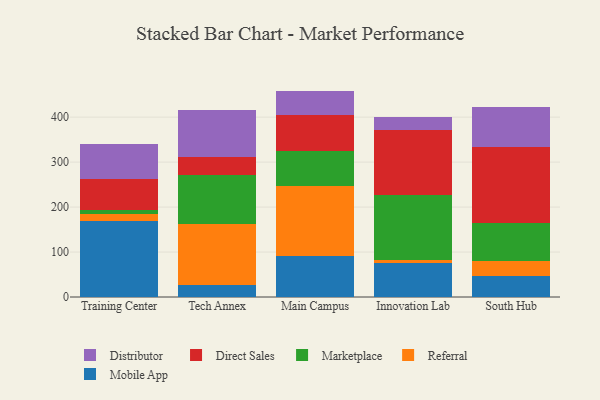
{"axis": {"x": "Campus", "y": "LTV (USD)"}, "legend": ["Direct Sales", "Distributor", "Marketplace", "Mobile App", "Referral"], "data": [{"x": "Training Center", "y": 169.0, "type": "Mobile App"}, {"x": "Training Center", "y": 15.3, "type": "Referral"}, {"x": "Training Center", "y": 9.3, "type": "Marketplace"}, {"x": "Training Center", "y": 68.7, "type": "Direct Sales"}, {"x": "Training Center", "y": 78.5, "type": "Distributor"}, {"x": "Tech Annex", "y": 26.8, "type": "Mobile App"}, {"x": "Tech Annex", "y": 135.4, "type": "Referral"}, {"x": "Tech Annex", "y": 109.0, "type": "Marketplace"}, {"x": "Tech Annex", "y": 39.3, "type": "Direct Sales"}, {"x": "Tech Annex", "y": 104.9, "type": "Distributor"}, {"x": "Main Campus", "y": 92.0, "type": "Mobile App"}, {"x": "Main Campus", "y": 155.8, "type": "Referral"}, {"x": "Main Campus", "y": 77.9, "type": "Marketplace"}, {"x": "Main Campus", "y": 79.8, "type": "Direct Sales"}, {"x": "Main Campus", "y": 53.0, "type": "Distributor"}, {"x": "Innovation Lab", "y": 75.0, "type": "Mobile App"}, {"x": "Innovation Lab", "y": 6.8, "type": "Referral"}, {"x": "Innovation Lab", "y": 145.1, "type": "Marketplace"}, {"x": "Innovation Lab", "y": 145.6, "type": "Direct Sales"}, {"x": "Innovation Lab", "y": 27.3, "type": "Distributor"}, {"x": "South Hub", "y": 47.1, "type": "Mobile App"}, {"x": "South Hub", "y": 33.7, "type": "Referral"}, {"x": "South Hub", "y": 84.9, "type": "Marketplace"}, {"x": "South Hub", "y": 168.5, "type": "Direct Sales"}, {"x": "South Hub", "y": 89.3, "type": "Distributor"}]}